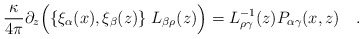
\begin{align*}{\kappa \over{ 4\pi}}\partial_z\Bigl(\{\xi_\alpha(x),\xi_\beta(z)\}\;L_{\beta\rho}(z)\Bigr) = L_{\rho\gamma}^{-1}(z)P_{\alpha\gamma}(x,z)\quad.\end{align*}